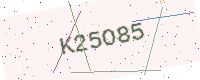
Text: K25O85